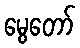
မွေတော်